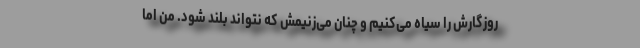
روزگارش را سیاه می‌کنیم و چنان می‌زنیمش که نتواند بلند شود. من اما